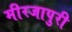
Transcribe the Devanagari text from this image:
मीरजापुरी